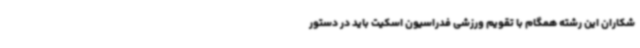
شکاران این رشته همگام با تقویم ورزشی فدراسیون اسکیت باید در دستور